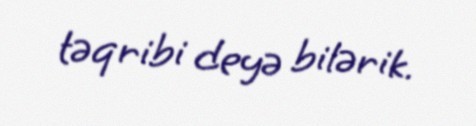
təqribi deyə bilərik.